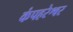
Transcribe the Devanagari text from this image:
कंपहरेश्वर